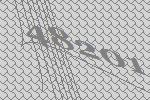
48201